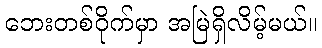
ဘေးတစ်ဝိုက်မှာ အမြဲရှိလိမ့်မယ်။